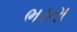
ભરારા